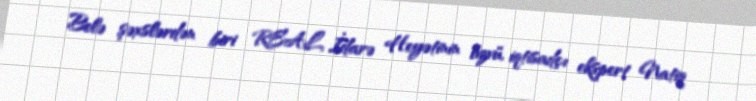
Belə şəxslərdən biri REAL İdarə Heyətinin üzvü, iqtisadçı ekspert Natiq